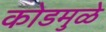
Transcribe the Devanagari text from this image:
कोडमुळे